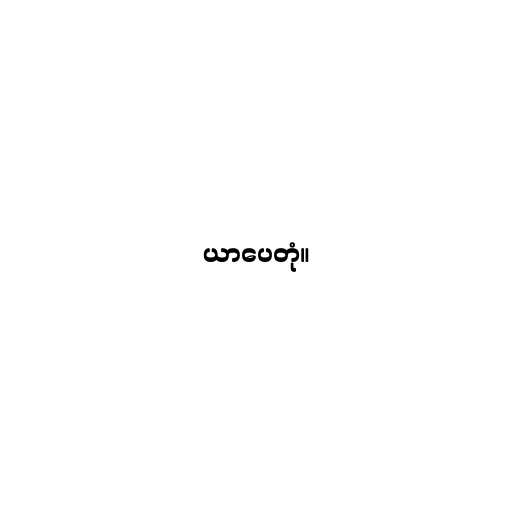
ယာပေတုံ။